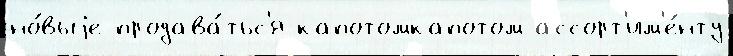
но́выjе продава́тьс'я капотомкапотом ассорт'им'е́нту